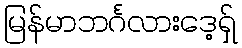
မြန်မာဘင်္ဂလားဒေ့ရှ်